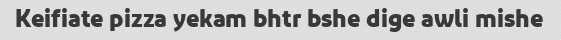
Keifiate pizza yekam bhtr bshe dige awli mishe